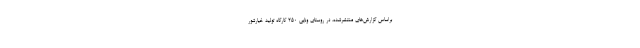
براساس گزارش‌های منتشرشده، در روستای ونایی ۲۵۰ کارگاه تولید خیارشور